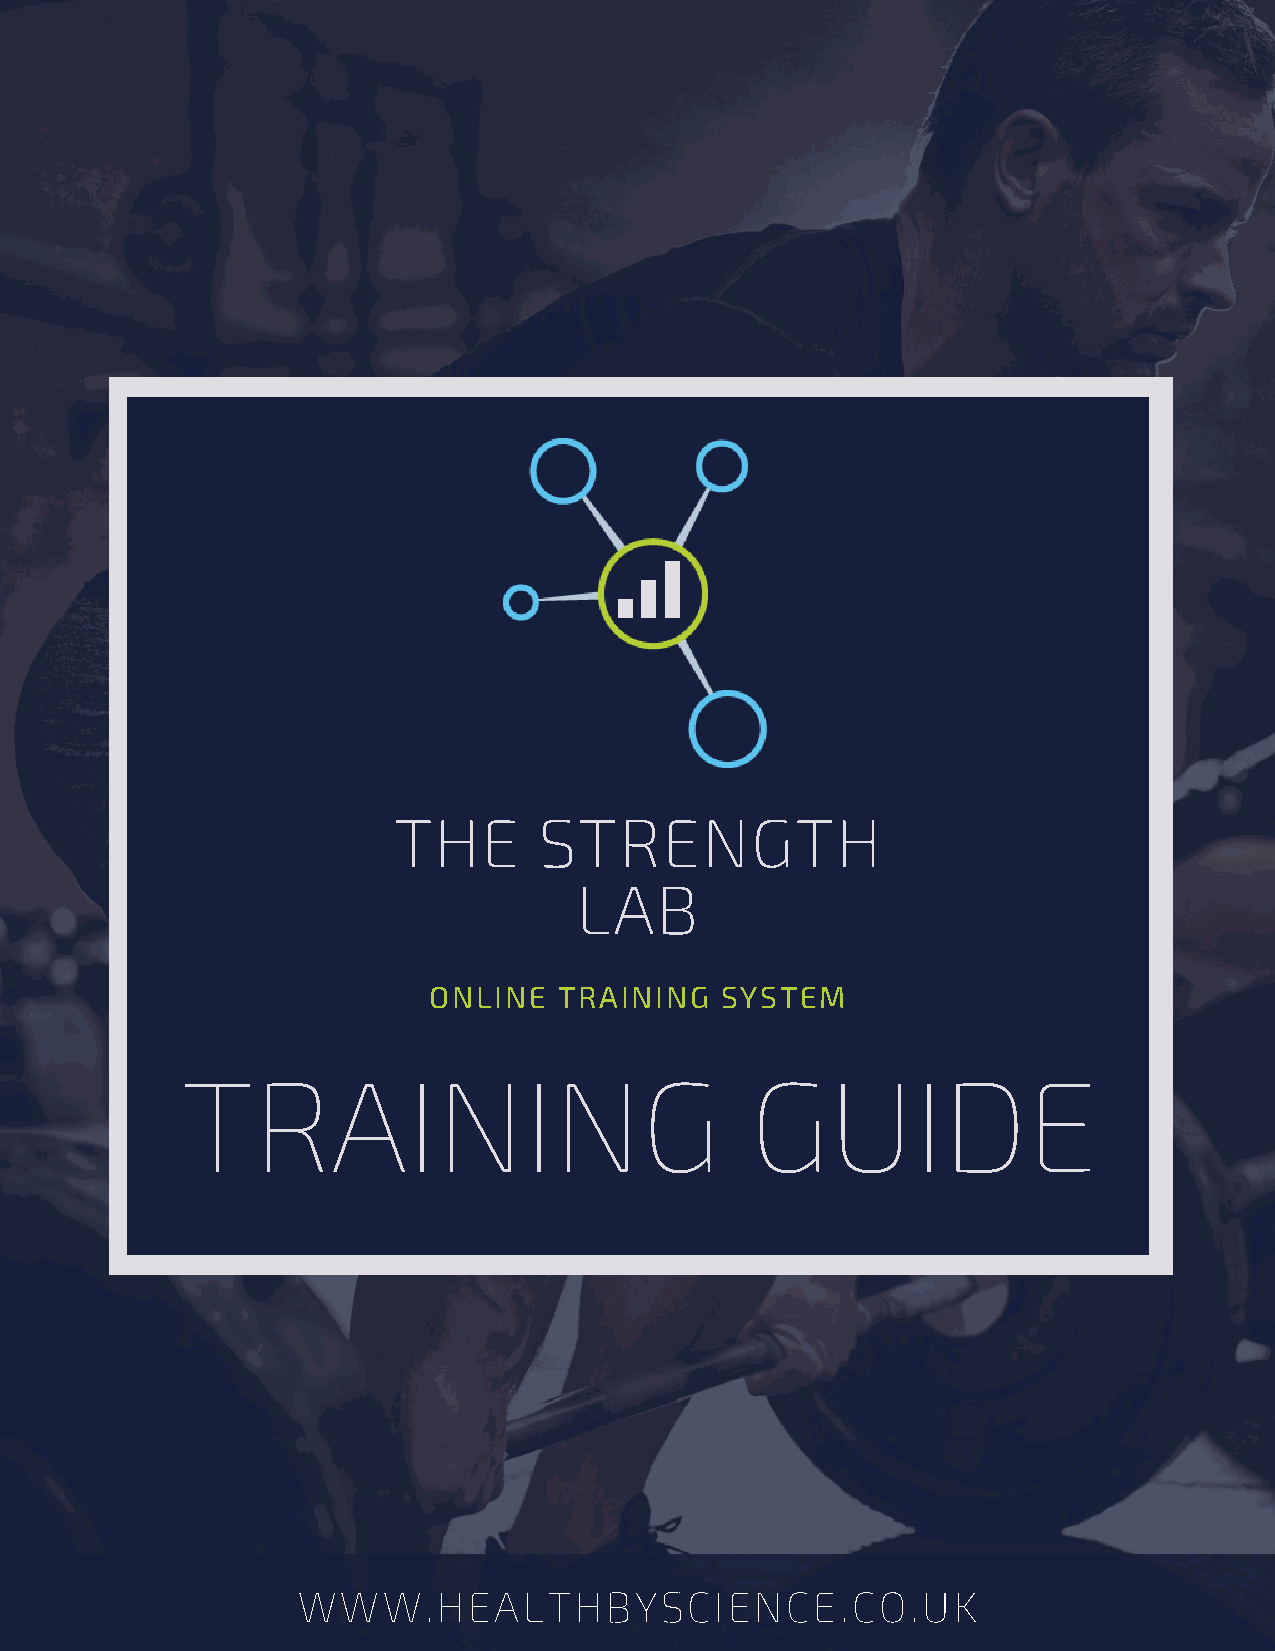
THE       STRENGTH
 LAB
 ONLINE   TRAINING   SYSTEM
 TRAINING                              GUIDE
 WWW.HEALTHBYSCIENCE.CO.UK